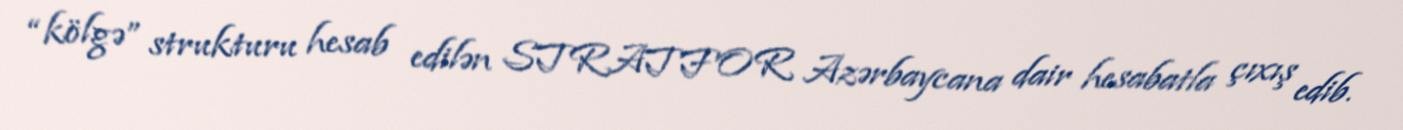
“kölgə” strukturu hesab edilən STRATFOR Azərbaycana dair hesabatla çıxış edib.